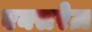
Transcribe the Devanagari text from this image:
एक्सरेज़